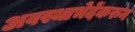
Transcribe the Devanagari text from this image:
अवस्थाभेदेंकरुन